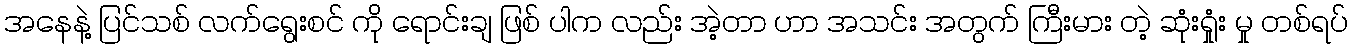
အနေနဲ့ ပြင်သစ် လက်ရွေးစင် ကို ရောင်းချ ဖြစ် ပါက လည်း အဲ့တာ ဟာ အသင်း အတွက် ကြီးမား တဲ့ ဆုံးရှုံး မှု တစ်ရပ်